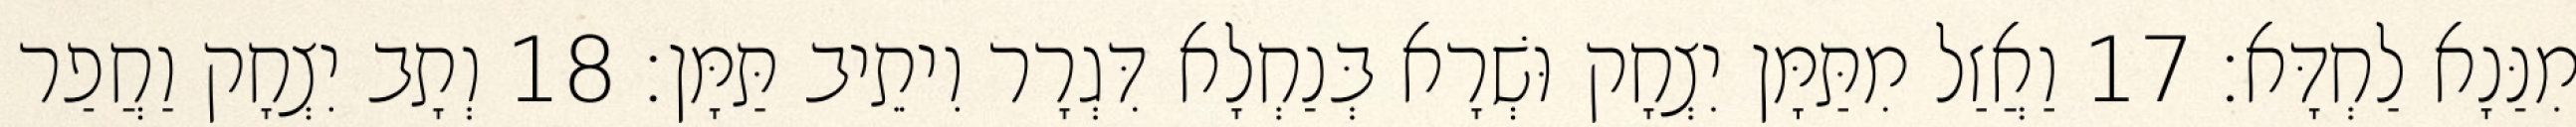
מִנַּנָא לַחְדָּא׃ 17 וַאֲזַל מִתַּמָּן יִצְחָק וּשְׁרָא בְּנַחְלָא דִּגְרָר וִיתֵיב תַּמָּן׃ 18 וְתָב יִצְחָק וַחֲפַר